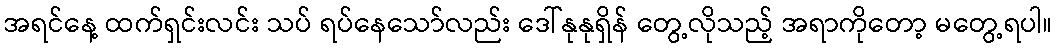
အရင်နေ့ ထက်ရှင်းလင်း သပ် ရပ်နေသော်လည်း ဒေါ်နုနုရှိန် တွေ့လိုသည့် အရာကိုတော့ မတွေ့ရပါ။